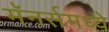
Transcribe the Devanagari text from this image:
मॅनर्समध्ये